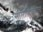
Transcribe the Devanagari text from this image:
साप्ताहिकांवर